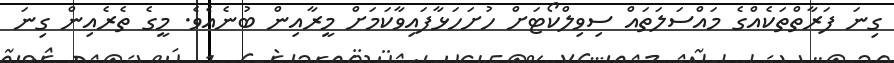
ގިނަ ފަރާތްތަކެއްގެ މައްސަލަތައް ސިވިލްކޯޓަށް ހުށަހަޅާފައިވާކަމަށް މީރާއިން ބުނެއެވެ. މީގެ ތެރެއިން ގިނަ